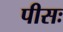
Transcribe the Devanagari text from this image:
पीसः